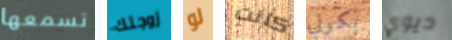
تسمعها زوجتك لو كانت بكوني ديوي